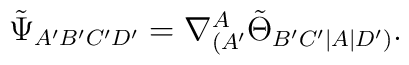
\tilde\Psi_{A'B'C'D'}=\nabla^A_{(A'}\tilde\Theta_{B'C'|A|D')}.